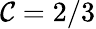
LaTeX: \mathcal{C}=2/3